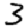
Digit: 3